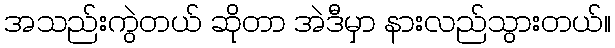
အသည်းကွဲတယ် ဆိုတာ အဲဒီမှာ နားလည်သွားတယ်။